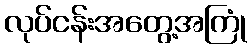
လုပ်ငန်းအတွေ့အကြုံ